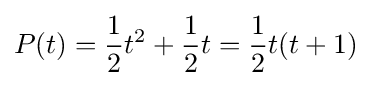
P(t)={\frac {1}{2}}t^{2}+{\frac {1}{2}}t={\frac {1}{2}}t(t+1)